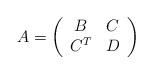
LaTeX: \begin{align*} A = \left(\begin{array}{cc} B & C \\ C^T & D \end{array}\right)\end{align*}